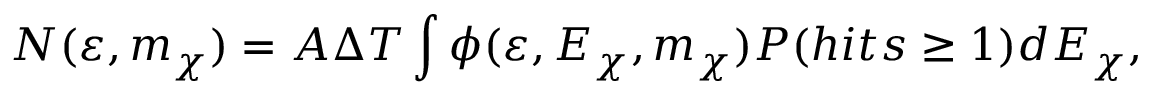
N ( \varepsilon , m _ { \chi } ) = A \Delta T \int \phi ( \varepsilon , E _ { \chi } , m _ { \chi } ) P ( h i t s \geq 1 ) d E _ { \chi } ,